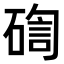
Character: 𥔀